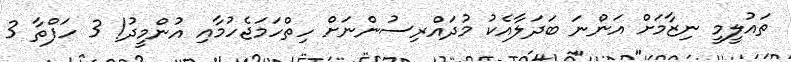
ތައުލީމީ ނިޒާމަށް އަންނަ ބަދަލާއެކު މުދައްރިސުންނަށް ހިތްހަމަޖެހުމާއި އުންމީދު! 3 ހަފްތާ 3